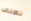
نغني